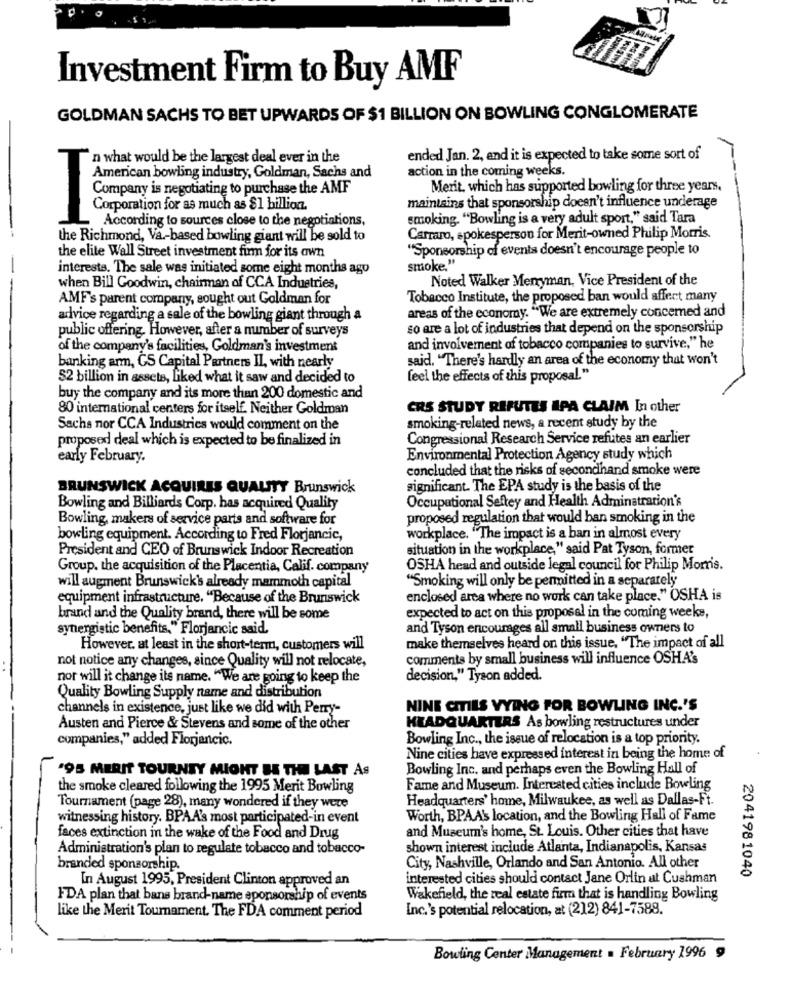
Investment Firm to Buy AMF
GOLDMAN SACHS TO BET UPWARDS OF $1 BILLION ON BOWLING CONGLOMERATE
n what would be the largest deal ever in the
ended Jan. 2, and it is expected to take some sort of
T
American bowling industry, Goldman, Sachs and
action in the coming weeks.
Company is negotiating to purchase the AMF
Merit, which has supported bowling for three years.
maintains that sponsorship doesn't influence underage
Corporation for as much as $1 billion.
According to sources close to the negotiations,
smoking. "Bowling is a very adult sport," said Tara
the Richmond, Va .- based bowling giant will be sold to
Carraro, spokesperson for Merit-owned Philip Morris.
"Sponsorship of events doesn't encourage people to
the elite Wall Street investment firm for its own
interests. The sale was initiated some eight months ago
smoke."
Noted Walker Menyman, Vice President of the
when Bill Goodwin, chairman of CCA Industries,
AMF's parent company, sought out Goldman for
Tobacco Institute, the proposed ban would affect many
areas of the economy. "We are extremely concerned and
advice regarding a sale of the bowling giant through a
so are a lot of industries that depend on the sponsorship
public offering. However, after a number of surveys
of the company's facilities, Goldman's investment
and involvement of tobacco companies to survive," he
said. "There's hardly an area of the economy that won't
banking arm, CS Capital Partners Il, with nearly
52 billion in assets, Liked what it saw and decided to
feel the effects of this proposal."
buy the company and its more than 200 domestic and
80 international centers for itself. Neither Goldman
CRS STUDY REFUTES IPA CLAIM In other
Sachs nor CCA Industries would comment on the
smoking-related news, a recent study by the
proposed deal which is expected to be finalized in
Congressional Research Service refutes an earlier
early February.
Environmental Protection Agency study which
concluded that the risks of secondhand smoke were
BRUNSWICK ACQUIRES QUALITY Brunswick
significant. The EPA study is the basis of the
Occupational Seftey and Health Adminstration's
Bowling and Billiards Corp. has acquired Quality
Bowling, makers of service parts and software for
proposed regulation that would ban smoking in the
bowling equipment. According to Fred Florjancic,
workplace. "The impact is a ban in almost every
President and CEO of Brunswick Indoor Recreation
situation in the workplace," said Pat Tyson, former
Group. the acquisition of the Placentia, Calif. company
OSHA head and outside legal council for Philip Mom's.
"Smoking will only be permitted in a separately
will augment Brunswick's already mammoth capital
equipment infrastructure. "Because of the Brunswick
enclosed area where no work can take place." OSHA is
brand and the Quality brand, there will be some
expected to act on this proposal in the coming weeks,
synergistic benefits," Florjancic said.
and Tyson encourages all small business owners to
However, at least in the short-term, customers will
make themselves heard on this issue. "The impact of all
not notice any changes, since Quality will not relocate,
comments by small business will influence OSHA's
nor will it change its name. "We are going to keep the
decision," Tyson added.
Quality Bowling Supply name and distribution
channels in existence, just like we did with Perry-
NINE CITIES VYING FOR BOWLING INC.'S
Austen and Pierce & Stevens and some of the other
HEADQUARTERS As bowling restructures under
companies," added Florjancic.
Bowling Inc ., the issue of relocation is a top priority.
Nine cities have expressed interest in being the home of
'95 MERIT TOURNEY MIGHT BE THE LAST As
Bowling Inc. and perhaps even the Bowling Hall of
the smoke cleared following the 1995 Merit Bowling
Fame and Museum. Interested cities include Bowling
Headquarters' home, Milwaukee, as well as Dallas-Ft.
Tournament (page 28), many wondered if they were
witnessing history. BPAA's most participated-in event
Worth, BPAA's location, and the Bowling Hall of Fame
and Museum's home, St. Louis. Other cities that have
faces extinction in the wake of the Food and Drug
Administration's plan to regulate tobacco and tobacco-
shown interest include Atlanta, Indianapolis, Kansas
branded sponsorship.
City, Nashville, Orlando and San Antonio. All other
In August 1995, President Clinton approved an
interested cities should contact Jane Orlin at Cushman
2041981040
FDA plan that bans brand-name sponsorship of events
Wakefield, the real estate firm that is handling Bowling
Inc.'s potential relocation, at (212) 841-7588.
like the Merit Tournament. The FDA comment period
Bowling Center Management = February 1996 9